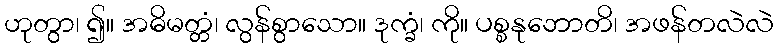
ဟုတွာ၊ ၍။ အဓိမတ္တံ၊ လွန်စွာသော။ ဒုက္ခံ၊ ကို။ ပစ္စနုဘောတိ၊ အဖန်တလဲလဲ